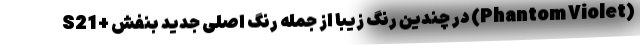
S21+ در چندین رنگ زیبا از جمله رنگ اصلی جدید بنفش (Phantom Violet)